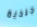
جلدية